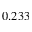
0 . 2 3 3